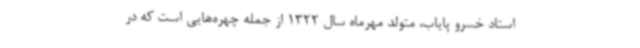
استاد خسرو پایاب، متولد مهرماه سال 1322 از جمله چهره‌هایی است که در